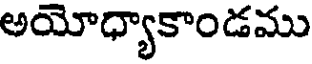
అయోధ్యాకాండము